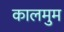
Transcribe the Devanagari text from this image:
कालमुम